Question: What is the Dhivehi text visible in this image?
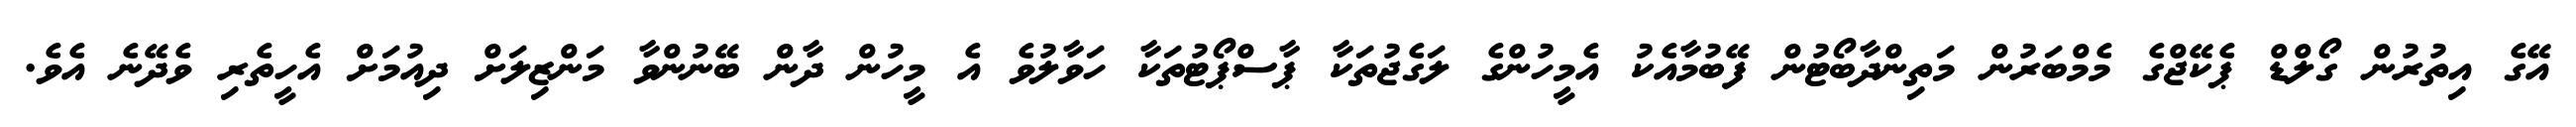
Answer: އޭގެ އިތުރުން ގޯލްޑް ޕެކޭޖްގެ މެމްބަރުން މަތިންދާބޯޓުން ފޭބުމާއެކު އެމީހުންގެ ލަގެޖުތަކާ ޕާސްޕޯޓުތަކާ ހަވާލުވެ އެ މީހުން ދާން ބޭނުންވާ މަންޒިލަށް ދިއުމަށް އެހީތެރި ވެދޭނެ އެވެ.